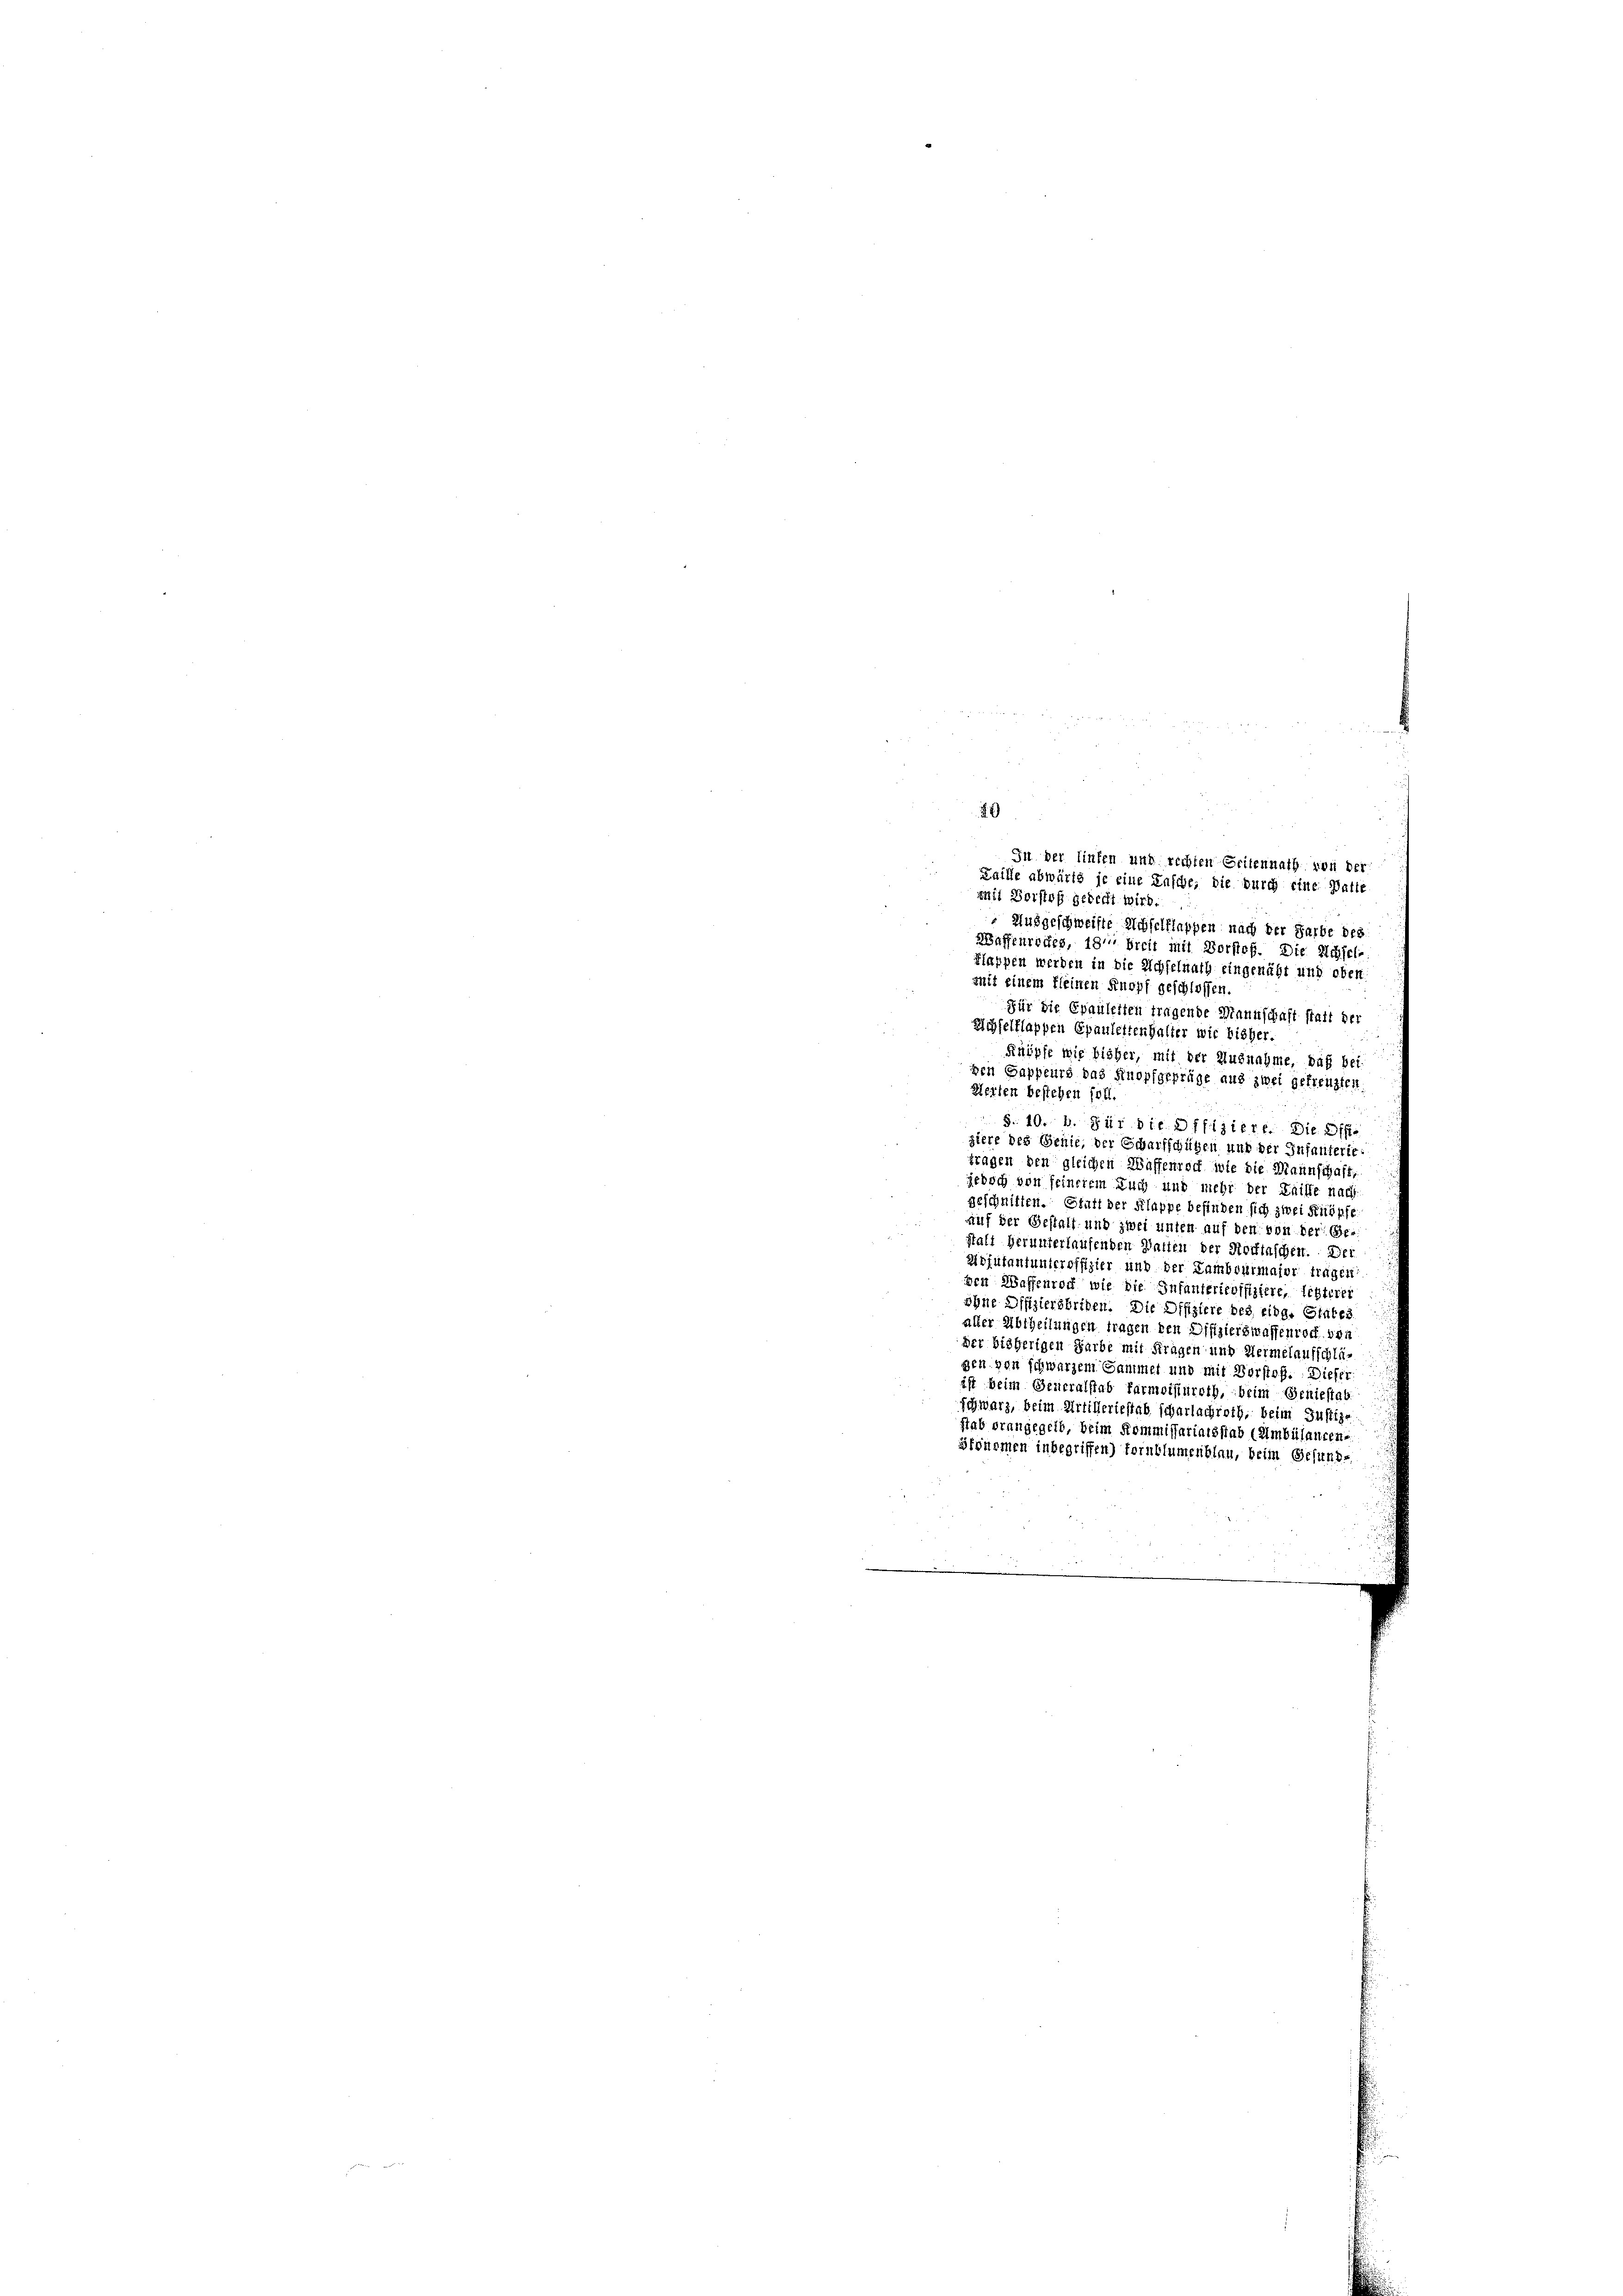
1
In der liefen und rechten Seitennath von der
Faille abwärts je eine Ensche, die durch eine Patie
mit Vorstoß gedeckt wird.
 Ausgeschweiste Achselflappen nach der Sarbe des
Waffenrodes, 181 breit mit Vorstoß. Die Achsel-
Flappen werden in die Achselnath eingenäht und oben:
mit einem Kleinen Knopf geschlossen.
Für die Epauletten tragende Mannschaft statt der
Schselflappen Epaulettenhalter wie bisher.
Raöpfe wie bisher, mit der Ausnahme, daß be
den Gappeurs das Knopfgepräge aus zwei gefreuzten
Heiten bestehen soll.
§. 10. 4. Für die Offiziere. Die Off.
ziere des Genie, der Scharfschützen und der Infanterie-
tragen den gleichen Waffenrock wie die Mannschaft,
jedoch von feinerem Euch und mehr der Leiste nach
geschnitten. Statt der Klappe befinden sich zwei Knöpfe
auf der Gestalt und zwei unter auf den von der Gestalt herunterlaufenden Watten der Norftaschen. Dei
Adjutantunteroffizier und der Tambourmajor träger
den Waffenroch, wie die Infanterieoffiziere, litterer
ohne Offiziersbriben. Die Offiziere des eidg. States
aller Abtheilungen fragen den Offizierswaffenrort bea
der bisherigen Garbe mit Stragen und Hermelaufschlägen von schwarzem Sammel und mit Vorstoß. Dieser
ist beim Generalstab Farmeistüroth, beim Schiestat
schwarz, beim Artilleriestab scharlachroth, beim Justiz-
stab orangegelb, beim Kommissariatsstab (Umbülancen-
fsummen inbegriffen) fornblumenblau, beim Gesund-